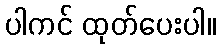
ပါကင် ထုတ်ပေးပါ။